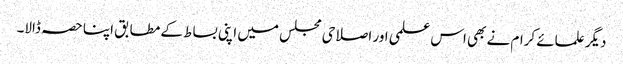
دیگر علمائے کرام نے بھی اس علمی اور اصلاحی مجلس میں اپنی بساط کے مطابق اپنا حصہ ڈالا۔